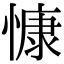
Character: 慷